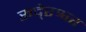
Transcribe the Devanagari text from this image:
रूदे्रश्वर